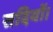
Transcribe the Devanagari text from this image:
सदियों।